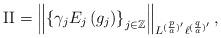
LaTeX: \begin{align*}\mathrm{II}=\left\|\left\{\gamma_jE_j\left(g_j\right)\right\}_{j\in\mathbb Z}\right\|_{L^{(\frac{p}{a})'}\ell^{(\frac{q}{a})'}},\end{align*}